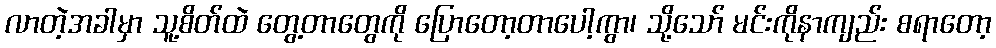
လာတဲ့အခါမှာ သူ့စိတ်ထဲ တွေ့တာတွေကို ပြောတော့တာပေါ့ကွာ၊ သို့သော် မင်းကိုနာကျည်း စရာတော့